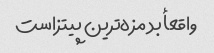
واقعأ بد مزه‌ترین پیتزاست